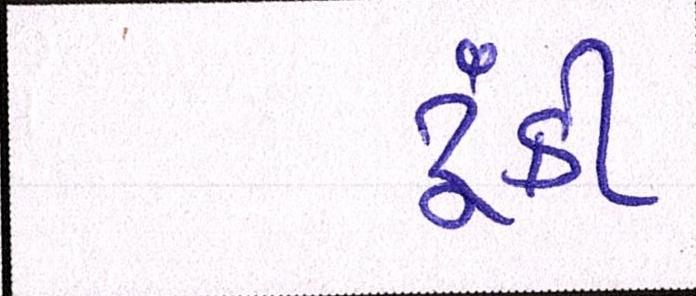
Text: ટૂંકી